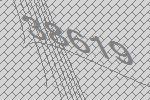
38619